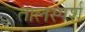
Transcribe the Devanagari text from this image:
तालस्पर्श